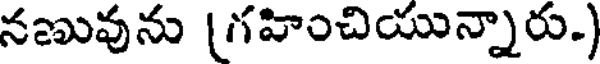
నణువును (గహించియున్నారు.)